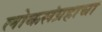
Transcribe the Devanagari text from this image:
लोकसंग्रहाचा